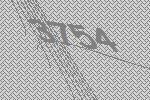
3754